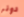
دونر